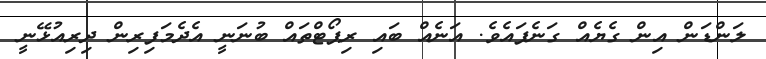
ލަންޑަން އިން ގެޔެއް ގަނެފައެވެ. އަނެއް ބައި ރިޕޯޓްތައް ބުނަނީ އެދެމަފިރިން ދިރިއުޅޭނީ